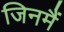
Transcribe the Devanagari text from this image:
जिनमैं